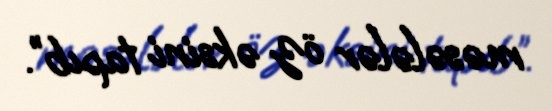
məsələlər öz əksini tapıb”.